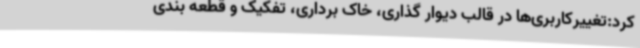
کرد:تغییرکاربری‌ها در قالب دیوار گذاری، خاک برداری، تفکیک و قطعه بندی